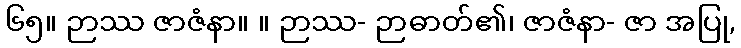
၆၅။ ဉာဿ ဇာဇံနာ။ ။ ဉာဿ- ဉာဓာတ်၏၊ ဇာဇံနာ- ဇာ အပြု,